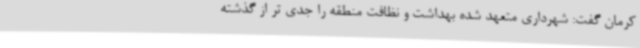
کرمان گفت: شهرداری متعهد شده بهداشت و نظافت منطقه را جدی تر از گذشته